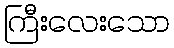
ကြီးလေးသော